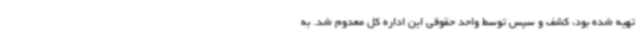
تهیه شده بود، کشف و سپس توسط واحد حقوقی این اداره کل معدوم شد. به